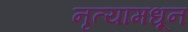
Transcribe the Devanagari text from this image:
नृत्यामधून